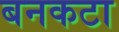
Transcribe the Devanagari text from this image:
बनकटा